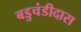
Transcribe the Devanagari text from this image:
बडुचंडीदास